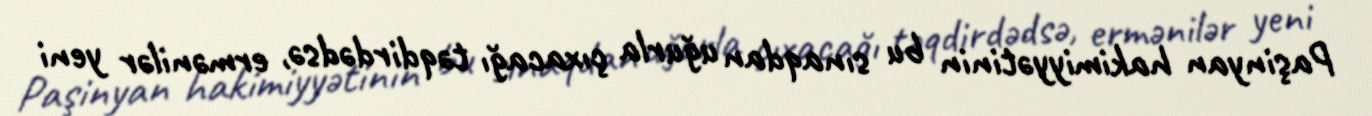
Paşinyan hakimiyyətinin bu sınaqdan uğurla çıxacağı təqdirdədsə, ermənilər yeni